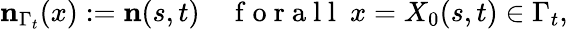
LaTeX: \mathbf{n}_{\Gamma_{t}}(x):=\mathbf{n}(s,t)\quad\mathrm{~f~o~r~a~l~l~}~x=X_{0}(s,t)\in\Gamma_{t},